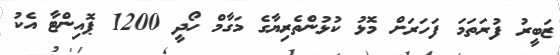
ޒަބީރު ފުރަތަމަ ފަހަރަށް މޮޅު ކުޅުންތެރިޔާގެ މަގާމް ހޯދީ 1200 ޕޮއިންޓާ އެކު